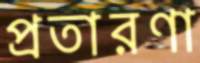
প্রতারণা